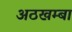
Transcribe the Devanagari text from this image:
अठखम्बा